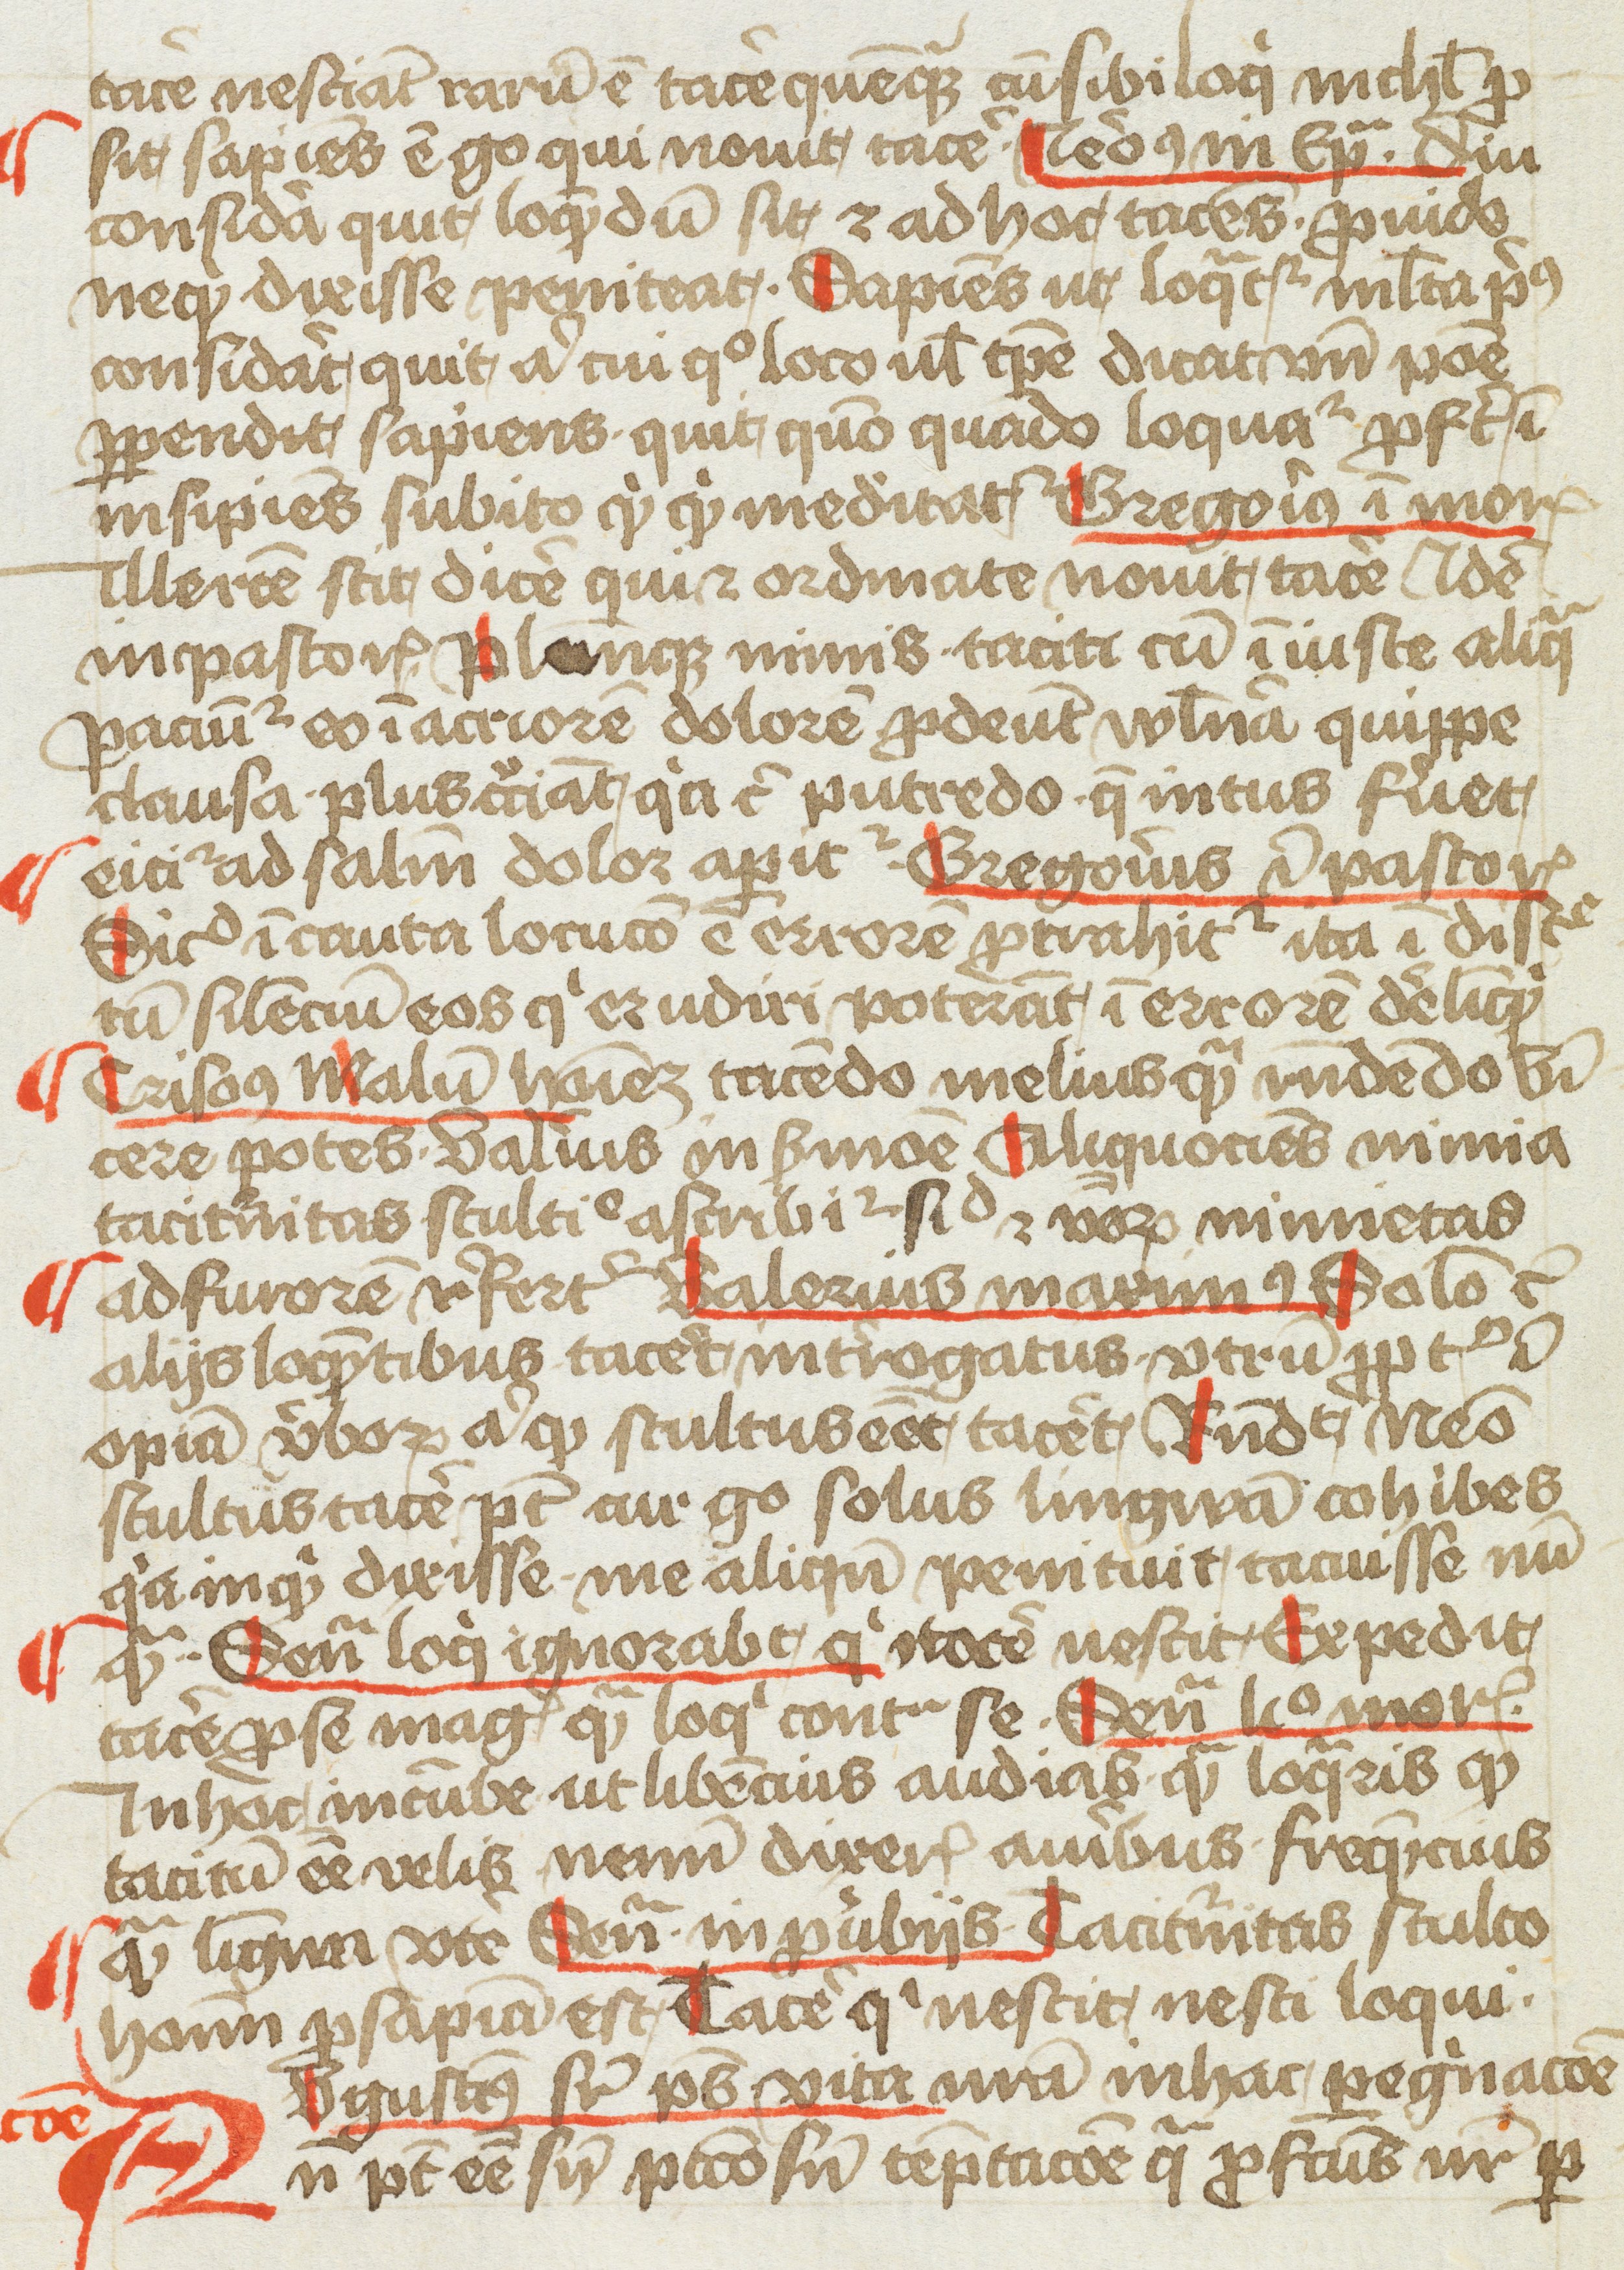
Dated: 1400–1499